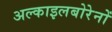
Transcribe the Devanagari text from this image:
अल्काइलबोरेनों